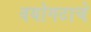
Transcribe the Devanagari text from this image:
वयोगटाचे